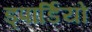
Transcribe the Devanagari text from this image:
ड्पार्डियो